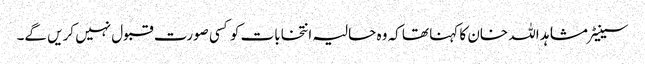
سینیٹر مشاہد اللہ خان کا کہنا تھا کہ وہ حالیہ انتخابات کو کسی صورت قبول نہیں کریں گے۔